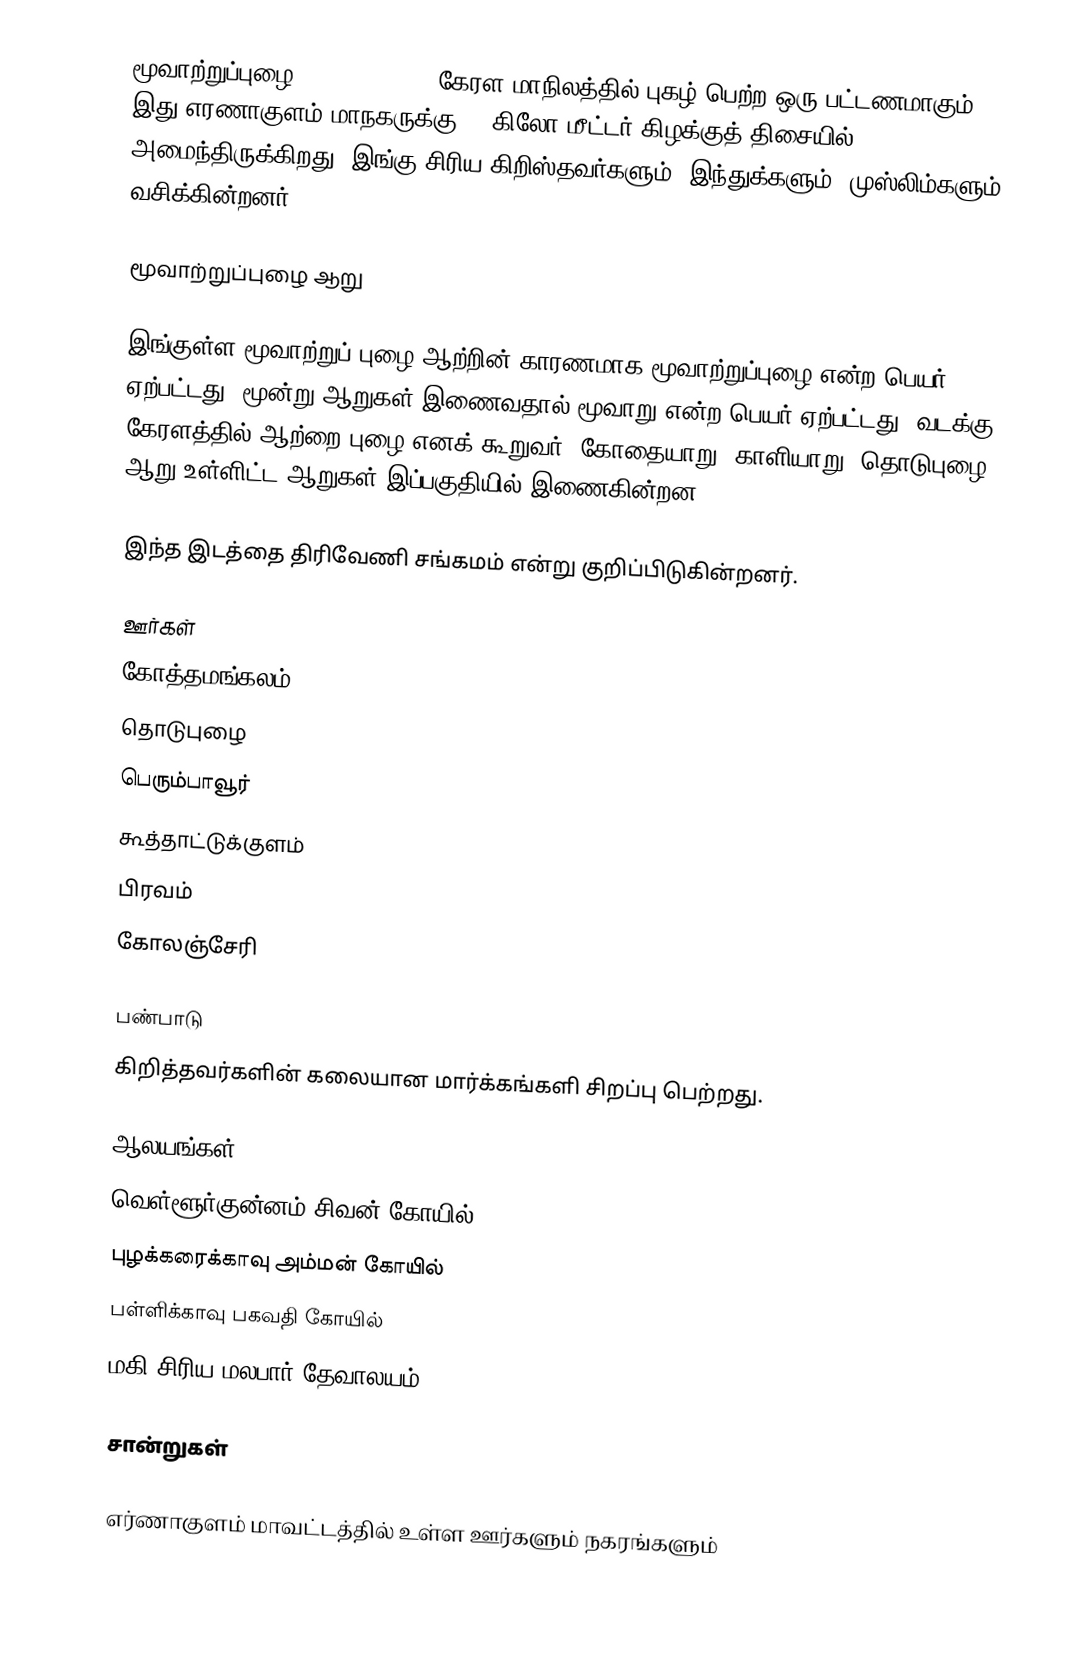
மூவாற்றுப்புழை (Muvattupuzha) கேரள மாநிலத்தில் புகழ் பெற்ற ஒரு பட்டணமாகும். இது எரணாகுளம் மாநகருக்கு 40 கிலோ மீட்டர் கிழக்குத் திசையில் அமைந்திருக்கிறது. இங்கு சிரிய கிறிஸ்தவர்களும், இந்துக்களும், முஸ்லிம்களும் வசிக்கின்றனர்.

மூவாற்றுப்புழை ஆறு

இங்குள்ள மூவாற்றுப் புழை ஆற்றின் காரணமாக மூவாற்றுப்புழை என்ற பெயர் ஏற்பட்டது. மூன்று ஆறுகள் இணைவதால் மூவாறு என்ற பெயர் ஏற்பட்டது. வடக்கு கேரளத்தில் ஆற்றை புழை எனக் கூறுவர். கோதையாறு, காளியாறு, தொடுபுழை ஆறு உள்ளிட்ட ஆறுகள் இப்பகுதியில் இணைகின்றன.

இந்த இடத்தை திரிவேணி சங்கமம் என்று குறிப்பிடுகின்றனர்.

ஊர்கள்
கோத்தமங்கலம்
தொடுபுழை
பெரும்பாவூர்
கூத்தாட்டுக்குளம்
பிரவம்
கோலஞ்சேரி

பண்பாடு
கிறித்தவர்களின் கலையான மார்க்கங்களி சிறப்பு பெற்றது.

ஆலயங்கள்
வெள்ளூர்குன்னம் சிவன் கோயில்
புழக்கரைக்காவு அம்மன் கோயில்
பள்ளிக்காவு பகவதி கோயில்
மகி சிரிய மலபார் தேவாலயம்

சான்றுகள்

எர்ணாகுளம் மாவட்டத்தில் உள்ள ஊர்களும் நகரங்களும்